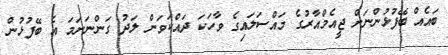
ބައެއް ބޭފުޅުންނަށް ޖީއެމްއާރުގެ މައްސަލައިގެ ވާހަކަ ދައްްކަވަން ލަދު ގަންނަނަމަ އެ ބޭފުޅުން